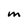
Character: m